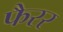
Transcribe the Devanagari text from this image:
फैरर